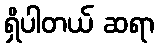
ရှိပါတယ် ဆရာ